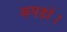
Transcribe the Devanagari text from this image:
कपड़ों।